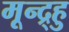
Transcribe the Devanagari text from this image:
मून्द्र्हु